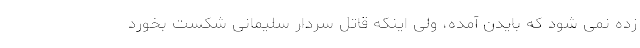
زده نمی شود که بایدن آمده، ولی اینکه قاتل سردار سلیمانی شکست بخورد